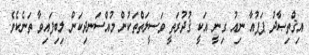
އިޤްތިޞާދު ޕަޕުއާ ނިއު ގިނީ އަކީ ޤުދުރަތީ ވަސީލަތްތަކުން މުއްސަނދިކަން ލިބިފައިވާ ތަނެކެވެ.